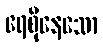
ရေစိုနေသော